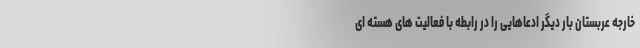
خارجه عربستان بار دیگر ادعاهایی را در رابطه با فعالیت های هسته ای